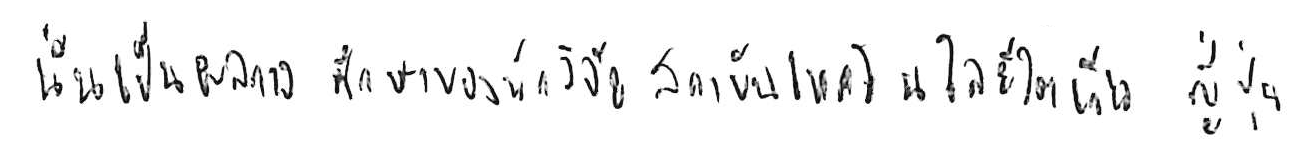
นั่นเป็นผลการศึกษาของนักวิจัยสถาบันเทคโนโลยีโตเกียว ในญี่ปุ่น